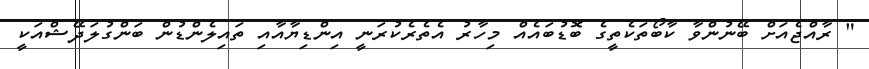
" ރާއްޖެއަށް ބޭނުންވާ ކާބޯތަކެތީގެ ބޮޑުބައެއް މިހާރު އެތެރެކުރަނީ އިންޑިޔާއާއި ތައިލެންޑުން ބަންގުލަދޭޝްއަކީ